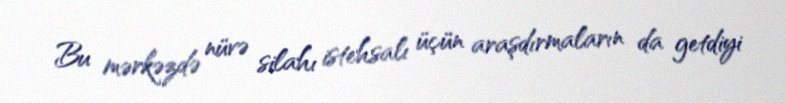
Bu mərkəzdə nüvə silahı istehsalı üçün araşdırmaların da getdiyi